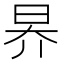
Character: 昦